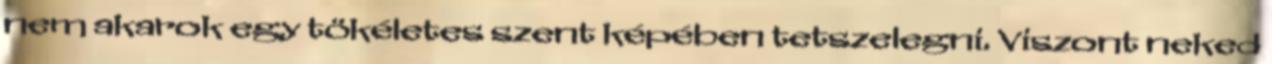
nem akarok egy tökéletes szent képében tetszelegni. Viszont neked